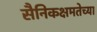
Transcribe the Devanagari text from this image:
सैनिकक्षमतेच्या